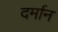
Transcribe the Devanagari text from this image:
दर्मान